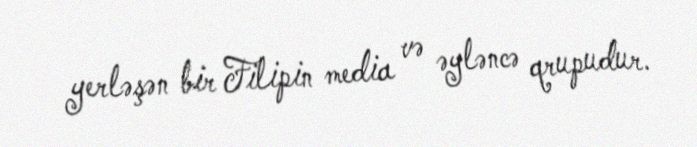
yerləşən bir Filipin media və əyləncə qrupudur.